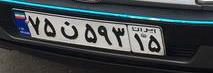
۷۵ن۵۹۳۱۵